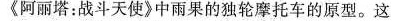
《阿丽塔：战斗天使》中雨果的独轮摩托车的原型。这